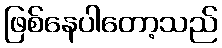
ဖြစ်နေပါတော့သည်